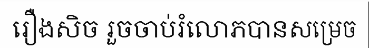
រឿងសិច រួចចាប់រំលោភបានសម្រេច